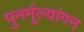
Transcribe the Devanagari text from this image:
पुनर्मूल्यांगन